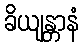
ခိယျန္တာနံ